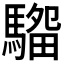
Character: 𱄭